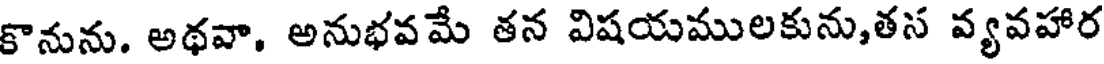
కొనును. అథవా, అనుభవమే తన విషయములకును,తస వ్యవహార